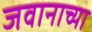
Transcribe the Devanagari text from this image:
जवानाच्या